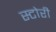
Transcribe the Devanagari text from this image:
स्‍टोरी